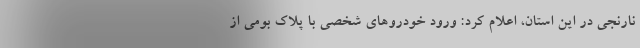
نارنجی در این استان، اعلام کرد: ورود خودروهای شخصی با پلاک بومی از